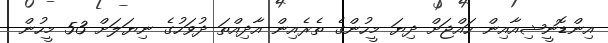
އިންޑޮނީޝިއާއިން ހައްޖަށް ދިޔަ މީހުންގެ ތެރެއިން އާދިއްތަ ދުވަހުގެ ނިޔަލަށް 53 މީހުން